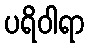
ပရိဝါရာ